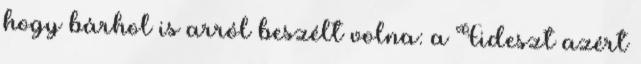
hogy bárhol is arról beszélt volna: a Fideszt azért